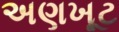
અણખૂટ